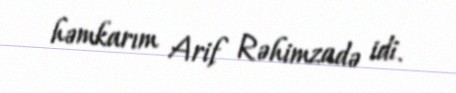
həmkarım Arif Rəhimzadə idi.